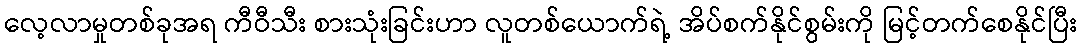
လေ့လာမှုတစ်ခုအရ ကီဝီသီး စားသုံးခြင်းဟာ လူတစ်ယောက်ရဲ့ အိပ်စက်နိုင်စွမ်းကို မြင့်တက်စေနိုင်ပြီး